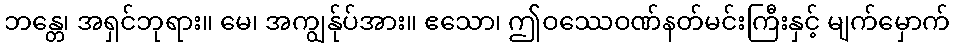
ဘန္တေ၊ အရှင်ဘုရား။ မေ၊ အကျွန်ုပ်အား။ ဧသော၊ ဤဝဿေဝဏ်နတ်မင်းကြီးနှင့် မျက်မှောက်